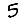
Digit: 5